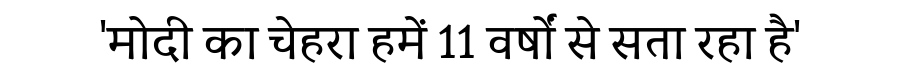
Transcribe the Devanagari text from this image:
'मोदी का चेहरा हमें 11 वर्षों से सता रहा है'